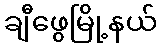
ချီဖွေမြို့နယ်